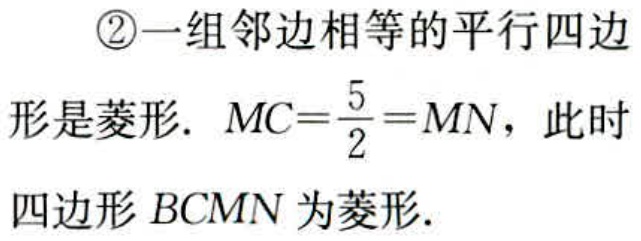
\textcircled{2}一组邻边相等的平行四边
形是菱形. \(MC = \frac{5}{2}=MN\)，此时
四边形\(BCMN\)为菱形.